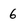
Character: 6